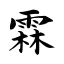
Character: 霖